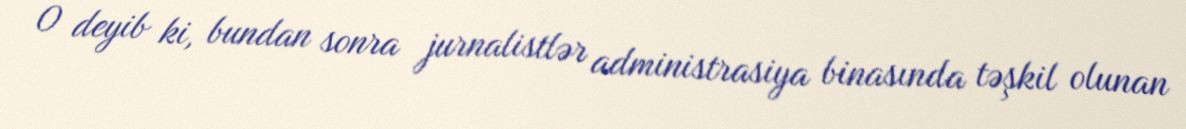
O deyib ki, bundan sonra jurnalistlər administrasiya binasında təşkil olunan